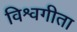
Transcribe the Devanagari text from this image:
विश्वगीता